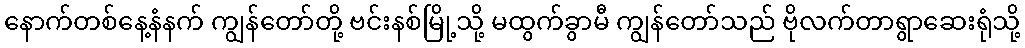
နောက်တစ်နေ့နံနက် ကျွန်တော်တို့ ဗင်းနစ်မြို့သို့ မထွက်ခွာမီ ကျွန်တော်သည် ဗိုလက်တာရွာဆေးရုံသို့